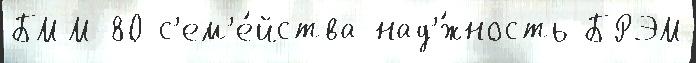
БММ-80 с'ем'е́йства над'́жность БРЭМ